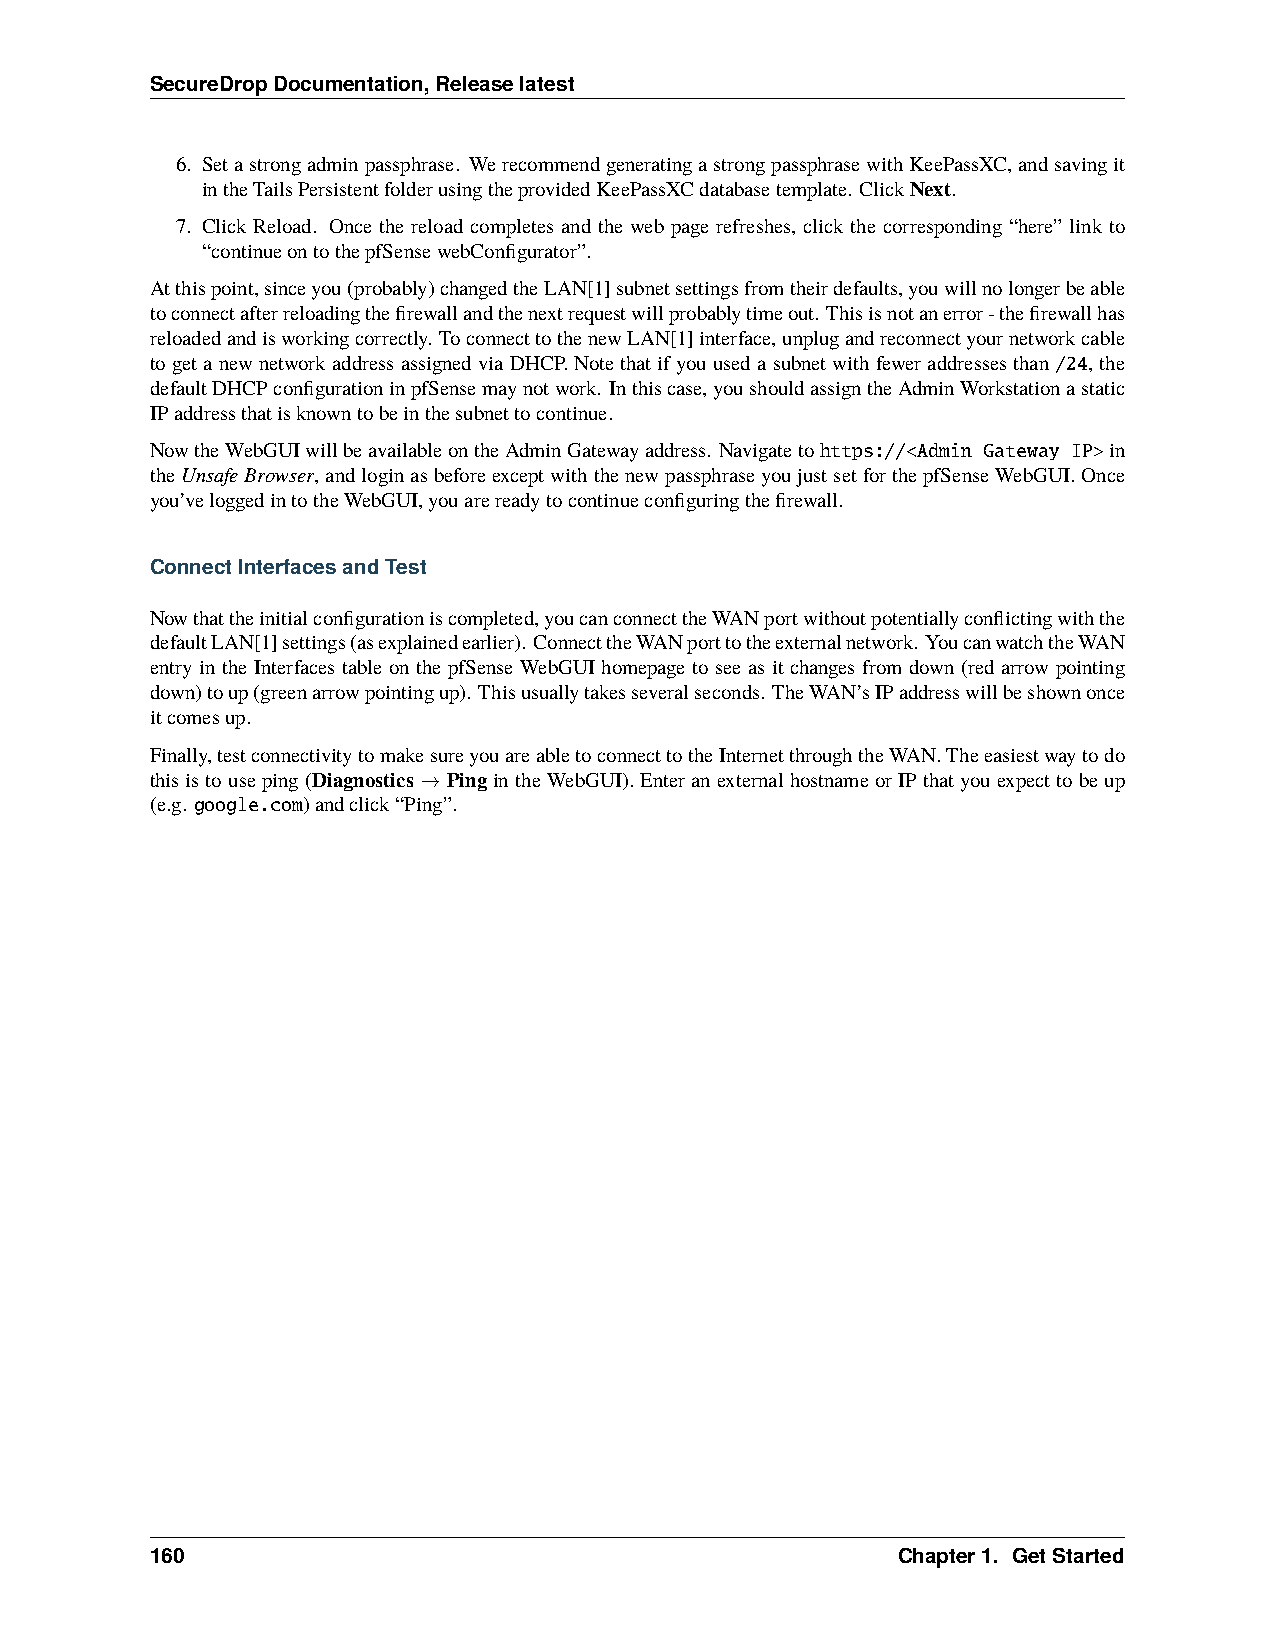
SecureDropDocumentation,Releaselatest
 6. Setastrongadminpassphrase. WerecommendgeneratingastrongpassphrasewithKeePassXC,andsavingit
 intheTailsPersistentfolderusingtheprovidedKeePassXCdatabasetemplate. ClickNext.
 7. Click Reload. Once the reload completes and the web page refreshes, click the corresponding “here” link to
 “continueontothepfSensewebConfigurator”.
 Atthispoint,sinceyou(probably)changedtheLAN[1]subnetsettingsfromtheirdefaults,youwillnolongerbeable
 toconnectafterreloadingthefirewallandthenextrequestwillprobablytimeout. Thisisnotanerror-thefirewallhas
 reloadedandisworkingcorrectly. ToconnecttothenewLAN[1]interface,unplugandreconnectyournetworkcable
 togetanewnetworkaddressassignedviaDHCP.Notethatifyouusedasubnetwithfeweraddressesthan /24, the
 defaultDHCPconfigurationinpfSensemaynotwork. Inthiscase,youshouldassigntheAdminWorkstationastatic
 IPaddressthatisknowntobeinthesubnettocontinue.
 NowtheWebGUIwillbeavailableontheAdminGatewayaddress. Navigatetohttps://<Admin Gateway IP>in
 theUnsafeBrowser, andloginasbeforeexceptwiththenewpassphraseyoujustsetforthepfSenseWebGUI.Once
 you’veloggedintotheWebGUI,youarereadytocontinueconfiguringthefirewall.
 ConnectInterfacesandTest
 Nowthattheinitialconfigurationiscompleted,youcanconnecttheWANportwithoutpotentiallyconflictingwiththe
 defaultLAN[1]settings(asexplainedearlier). ConnecttheWANporttotheexternalnetwork. YoucanwatchtheWAN
 entry in the Interfaces table on the pfSense WebGUI homepage to see as it changes from down (red arrow pointing
 down)toup(greenarrowpointingup). Thisusuallytakesseveralseconds. TheWAN’sIPaddresswillbeshownonce
 itcomesup.
 Finally,testconnectivitytomakesureyouareabletoconnecttotheInternetthroughtheWAN.Theeasiestwaytodo
 thisistouseping(Diagnostics→Ping intheWebGUI).EnteranexternalhostnameorIPthatyouexpecttobeup
 (e.g. google.com)andclick“Ping”.
 160                                              Chapter1. GetStarted